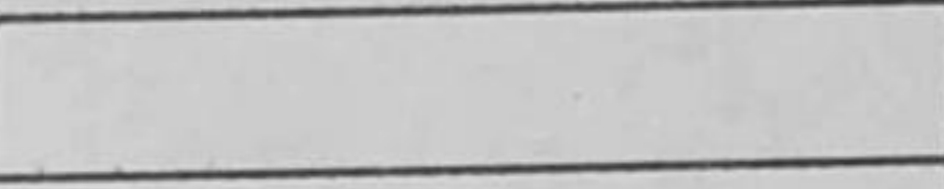
Transcription: Rh3#